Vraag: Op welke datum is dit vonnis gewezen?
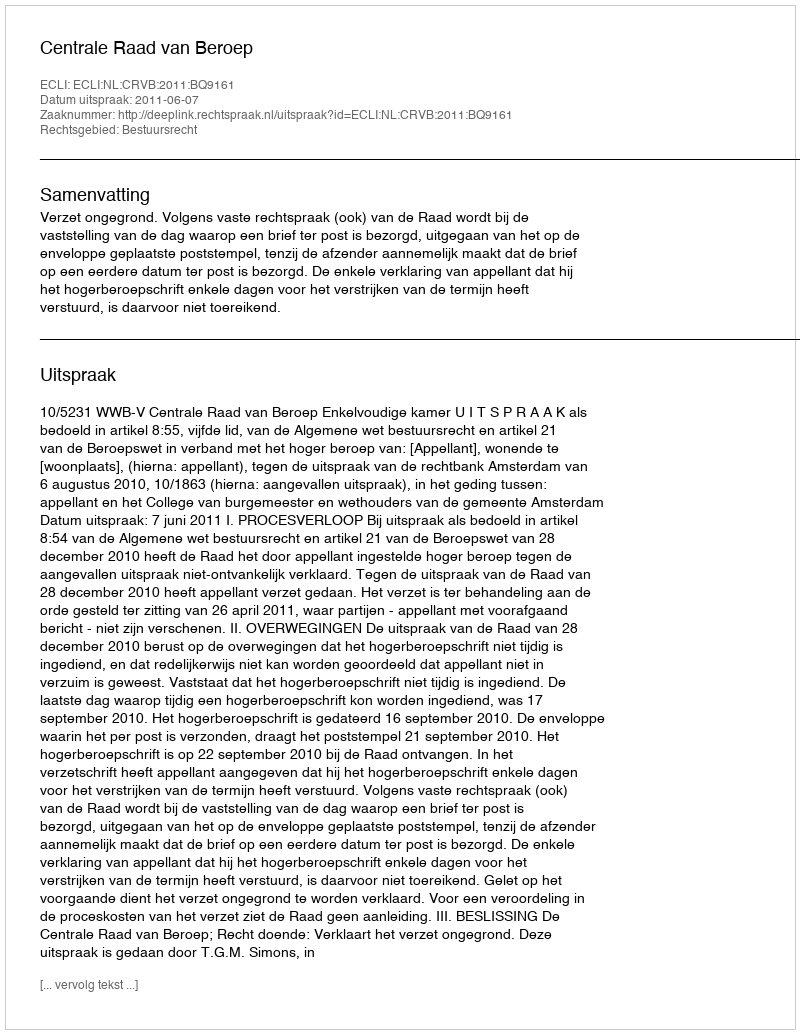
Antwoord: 2011-06-07